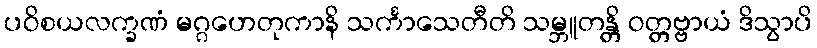
ပဝိစယလက္ခဏံ မဂ္ဂဟေတုကာနိ သင်္ကာသေတီတိ သမ္ဘူတန္တိ ဝတ္တဗ္ဗာယံ ဒိသွာပိ